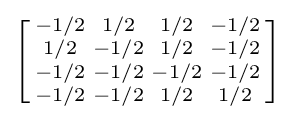
\left[{\begin{smallmatrix}-1/2&1/2&1/2&-1/2\\1/2&-1/2&1/2&-1/2\\-1/2&-1/2&-1/2&-1/2\\-1/2&-1/2&1/2&1/2\\\end{smallmatrix}}\right]